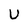
Character: U